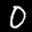
Label: 0